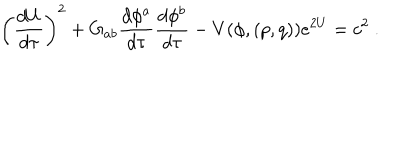
LaTeX: \left( { \frac { d U } { d \tau } } \right) ^ { 2 } + G _ { a b } { \frac { d \phi ^ { a } } { d \tau } } { \frac { d \phi ^ { b } } { d \tau } } - V ( \phi , ( p , q ) ) e ^ { 2 U } = c ^ { 2 } \ .